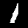
Digit: 1